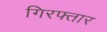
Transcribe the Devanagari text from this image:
गिरफ्तार